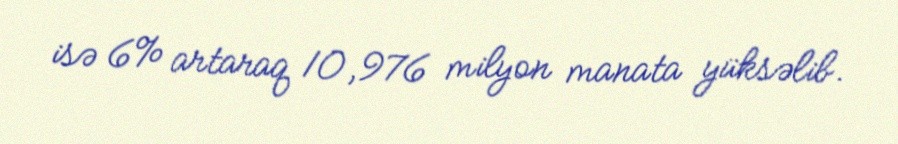
isə 6% artaraq 10,976 milyon manata yüksəlib.